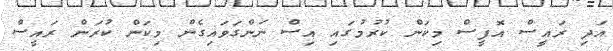
އަދި ރައީސް އޮފީސް މިކަން ކުރުމުގައި އިސް ނަންގަވައިގެން މިކަން ކުރަން ރައީސް